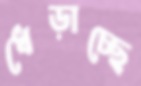
ধেড়াচ্ছে